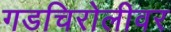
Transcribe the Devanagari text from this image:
गडचिरोलीवर